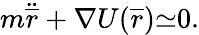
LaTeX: m{\ddot{\overline{{r}}}}+{\nabla U({\overline{{r}}}}){\simeq}0.